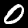
Digit: 0